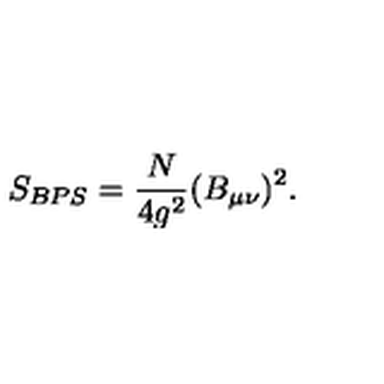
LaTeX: S _ { B P S } = \frac { N } { 4 g ^ { 2 } } ( B _ { \mu \nu } ) ^ { 2 } .